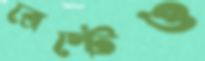
ব্রেস্টেও